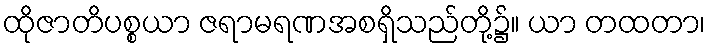
ထိုဇာတိပစ္စယာ ဇရာမရဏအစရှိသည်တို့၌။ ယာ တထတာ၊